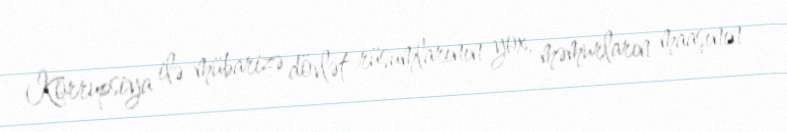
Korrupsiya ilə mübarizə dövlət rüsumlarının yox, məmurların maaşının